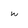
Character: w